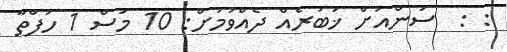
: :  ސަންއަށް ޚަބަރެއް ދެއްވުމަށް: 10 މަސް 1 ހަފްތާ